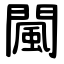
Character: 闏